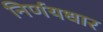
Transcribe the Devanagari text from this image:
निर्णयधार